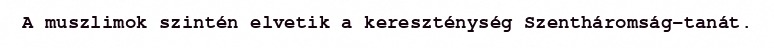
A muszlimok szintén elvetik a kereszténység Szentháromság-tanát.